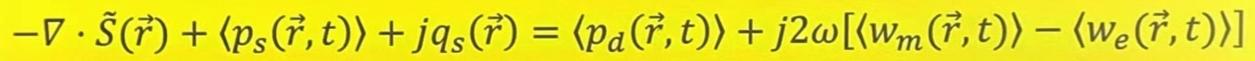
$-\nabla \cdot \tilde{S}(\vec{r}) + \langle p_s(\vec{r},t)\rangle + jq_s(\vec{r}) = \langle p_d(\vec{r},t)\rangle + j2\omega[\langle w_m(\vec{r},t)\rangle - \langle w_e(\vec{r},t)\rangle]$